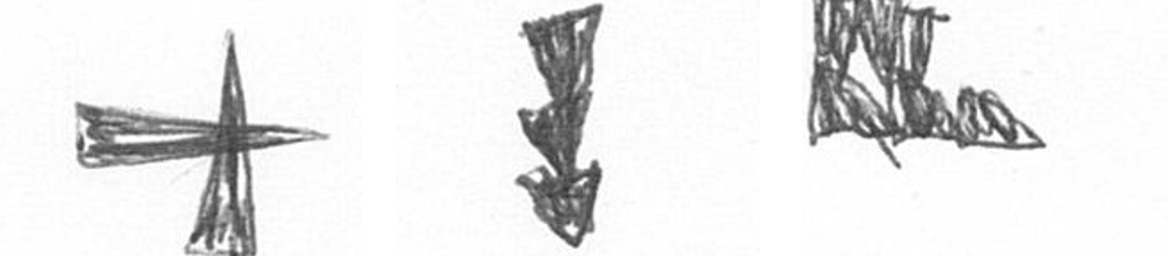
G E D